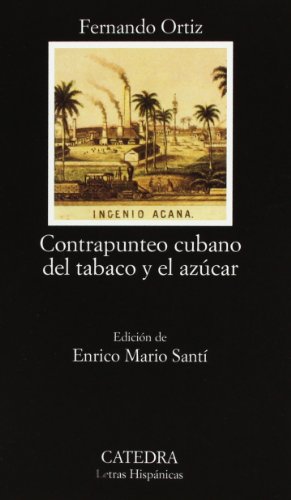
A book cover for Contrapunteo cubano del tabaco y el azucar/Cuban Counterpoint of tabacco & sugar (Letras Hispanicas, 528) (Spanish Edition); Fernando Ortiz; Science & Math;